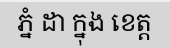
ភ្នំ ដា ក្នុង ខេត្ត